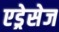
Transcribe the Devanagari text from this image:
एड्रेसेज